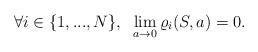
LaTeX: \begin{align*}\forall i \in \{1,...,N \}, \; \; \lim_{a \rightarrow 0} \varrho_i(S,a) = 0.\end{align*}